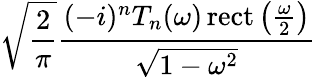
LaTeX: {\sqrt{\frac{2}{\pi}}}{\frac{(-i)^{n}T_{n}(\omega)\operatorname{rect}\left({\frac{\omega}{2}}\right)}{\sqrt{1-\omega^{2}}}}